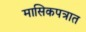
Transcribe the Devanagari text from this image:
मासिकपत्रात